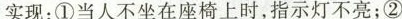
实现：①当人不坐在座椅上时，指示灯不亮；②